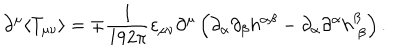
LaTeX: \partial ^ { \mu } \langle T _ { \mu \nu } \rangle = \mp \frac { 1 } { 1 9 2 \pi } \varepsilon _ { \mu \nu } \partial ^ { \mu } \left( \partial _ { \alpha } \partial _ { \beta } h ^ { \alpha \beta } - \partial _ { \alpha } \partial ^ { \alpha } h _ { \ \beta } ^ { \beta } \right) .